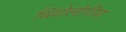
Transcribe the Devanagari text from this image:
थियोलोजिया